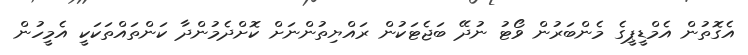
އެގޮތުން އެމްޑީޕީގެ މެންބަރުން ވޯޓު ނުދޭ ބަޖެޓަކުން ރައްޔިތުންނަށް ކޮށްދެމުންދާ ކަންތައްތަކަކީ އެމީހުން